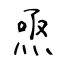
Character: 焏